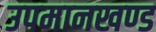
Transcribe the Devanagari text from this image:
उपमानखण्ड